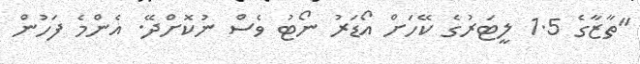
"ތާޒާގެ 1.5 ލީޓަރުގެ ކޭހަށް އޯޑަރު ނޯޓު ވެސް ނުކޮށްދޭ. އެންމެ ފަހުން